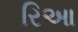
રિઆ